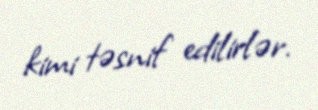
kimi təsnif edilirlər.